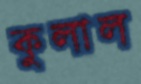
কুলাল